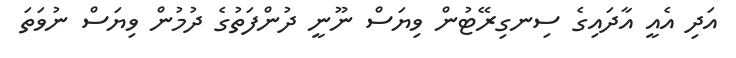
އަދި އެއީ އާދައިގެ ސިނގިރޭޓުން ވިޔަސް ނޫނީ ދުންފަތުގެ ދުމުން ވިޔަސް ނުވަތަ